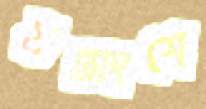
যন্ত্রাংশে